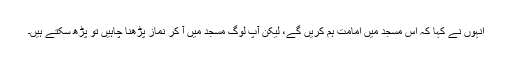
انہوں نے کہا کہ اس مسجد میں امامت ہم کریں گے، لیکن آپ لوگ مسجد میں آ کر نماز پڑھنا چاہیں تو پڑھ سکتے ہیں۔